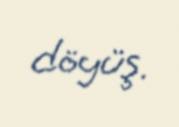
döyüş.